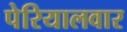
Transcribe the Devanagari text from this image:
पेरियालवार